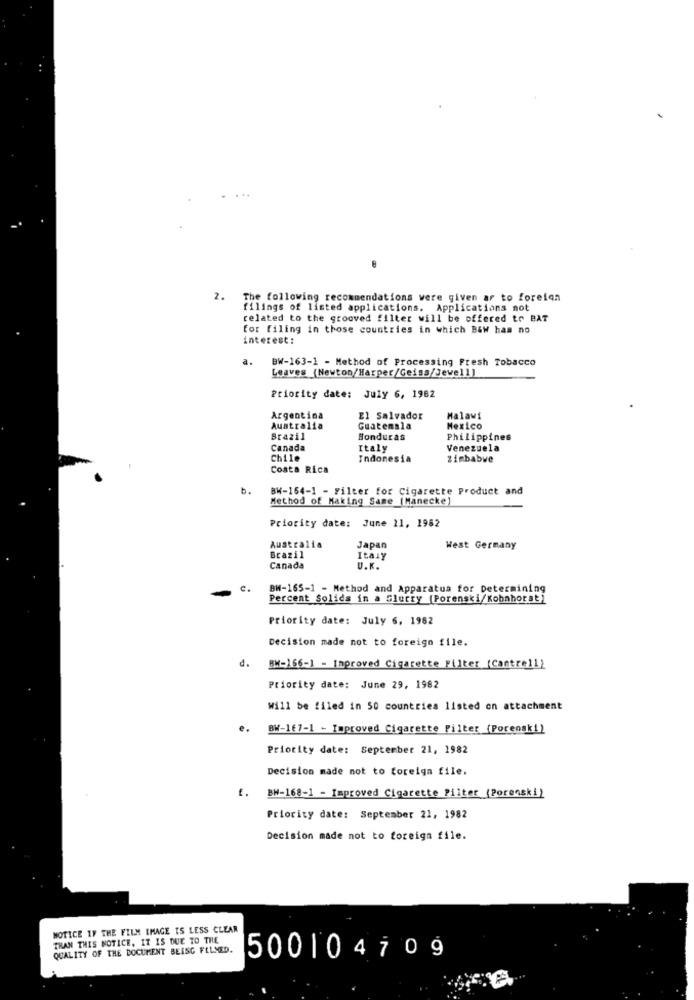
2.
The following recommendations were given ar to foreign
filings of listed applications. Applications not
related to the grooved filter will be offered to BAT
for filing in those countries in which B&W has no
interest:
a.
BW-163-1 - Method of Processing Fresh Tobacco
Leaves (Newton/Harper/Geiss/Jewell)
Priority date: July 6, 1962
Argentina
El Salvador
Malawi
Australia
Guatemala
Mexico
Brazil
Honduras
Philippines
Canada
Italy
Venezuela
Chile
Indonesia
zimbabwe
Costa Rica
b.
BW-154-1 - Filter for Cigarette Product and
Method of Making Same (Manecke]
Priority date: June 11, 1962
Australia
Brazil
Japan
West Germany
Italy
Canada
U.K.
BH-165-1 - Method and Apparatus for Determining
Percent Solids in a Slurry (Porenski/Kohnhorst)
Priority date: July 6, 1982
Decision made not to foreign file.
d.
BW-166-1 - Improved Cigarette Filter (Cantre11)
Priority date: June 29, 1982
Will be filed in 50 countries listed on attachment
e.
BW-167-1 - Improved Cigarette Filter (Porenski)
Priority date: September 21, 1982
Decision made not to foreign file.
f. BW-168-1 - Improved Cigarette Filter (Porenski)
Priority date: September 21, 1982
Decision made not to foreign file.
NOTICE IF THE FILM IMAGE IS LESS CLEAR
THAN THIS NOTICE. IT IS DUE TO THE
QUALITY OF THE DOCUMENT BEISC FELMED.
50010470 9